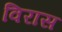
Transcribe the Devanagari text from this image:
विरास